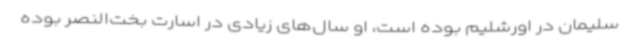
سلیمان در اورشلیم بوده است، او سال‌های زیادی در اسارت بخت‌النصر بوده